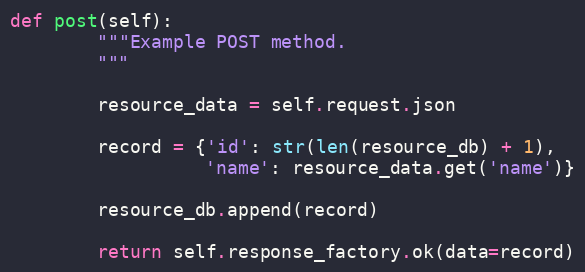
Language: Python
def post(self):
        """Example POST method.
        """

        resource_data = self.request.json

        record = {'id': str(len(resource_db) + 1),
                  'name': resource_data.get('name')}

        resource_db.append(record)

        return self.response_factory.ok(data=record)